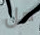
هل